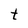
Character: t